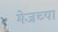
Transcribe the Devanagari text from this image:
मेजच्या